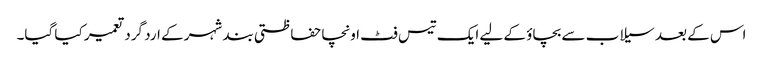
اس کے بعد سیلاب سے بچاؤ کے لیے ایک تیس فٹ اونچا حفاظتی بند شہر کے ارد گرد تعمیر کیا گیا۔